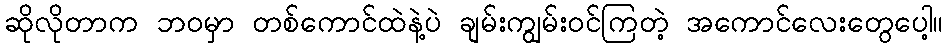
ဆိုလိုတာက ဘဝမှာ တစ်ကောင်ထဲနဲ့ပဲ ချမ်းကျွမ်းဝင်ကြတဲ့ အကောင်လေးတွေပေါ့။